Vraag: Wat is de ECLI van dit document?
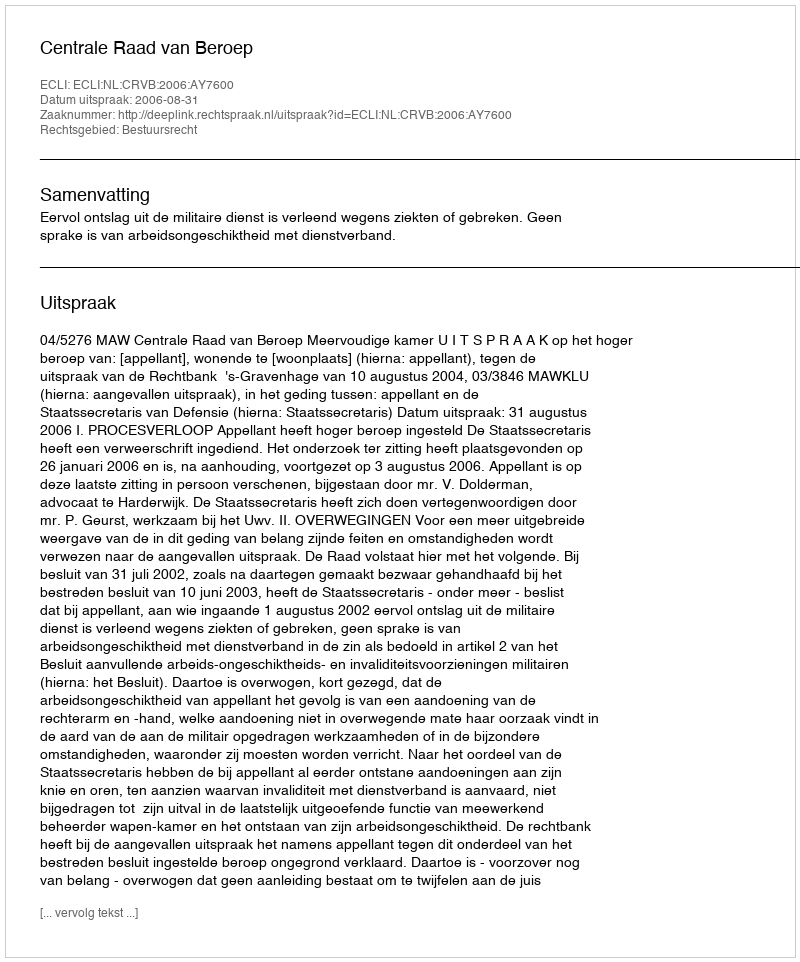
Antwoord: ECLI:NL:CRVB:2006:AY7600